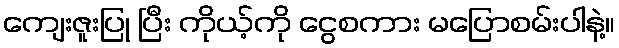
ကျေးဇူးပြု ပြီး ကိုယ့်ကို ငွေစကား မပြောစမ်းပါနဲ့။